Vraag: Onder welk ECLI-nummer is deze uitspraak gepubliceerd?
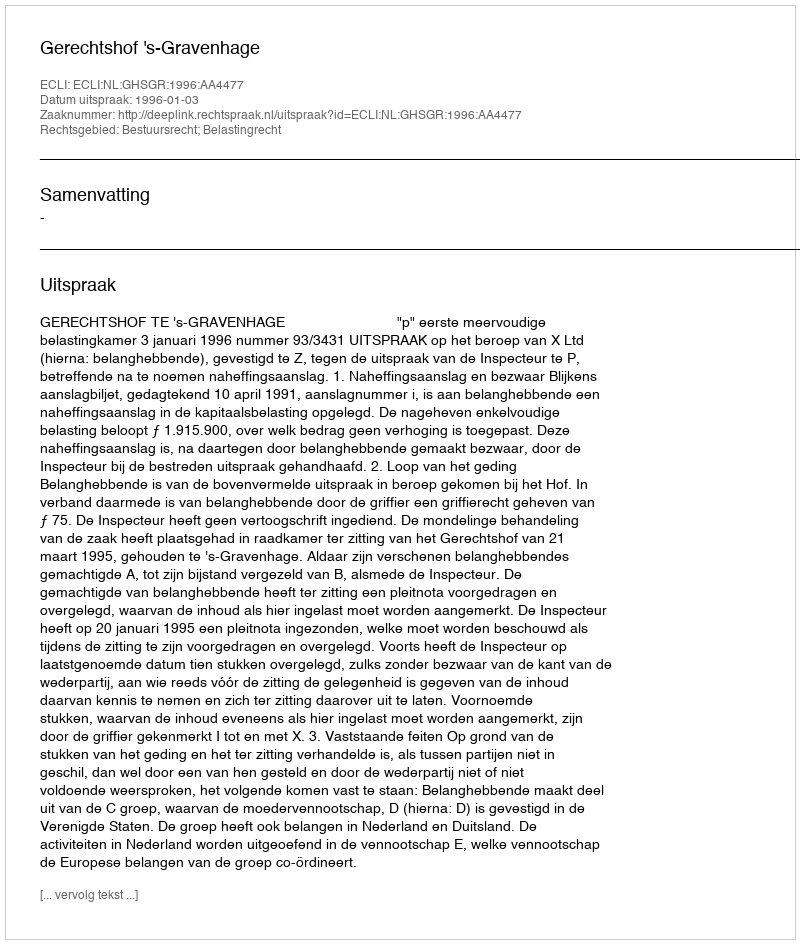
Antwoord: ECLI:NL:GHSGR:1996:AA4477